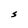
Character: S